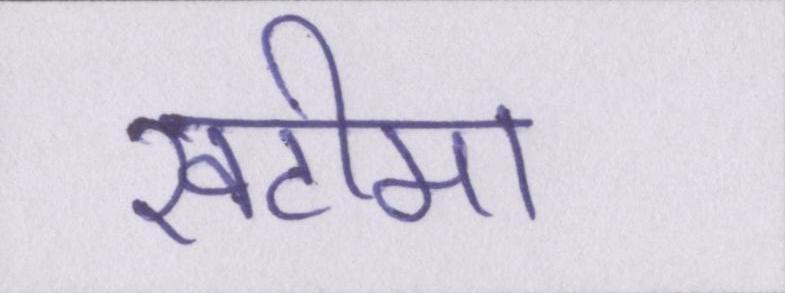
खटीमा